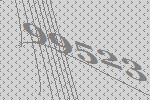
99523